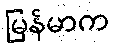
မြန်မာက